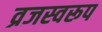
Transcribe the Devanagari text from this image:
व्रजस्वरूप